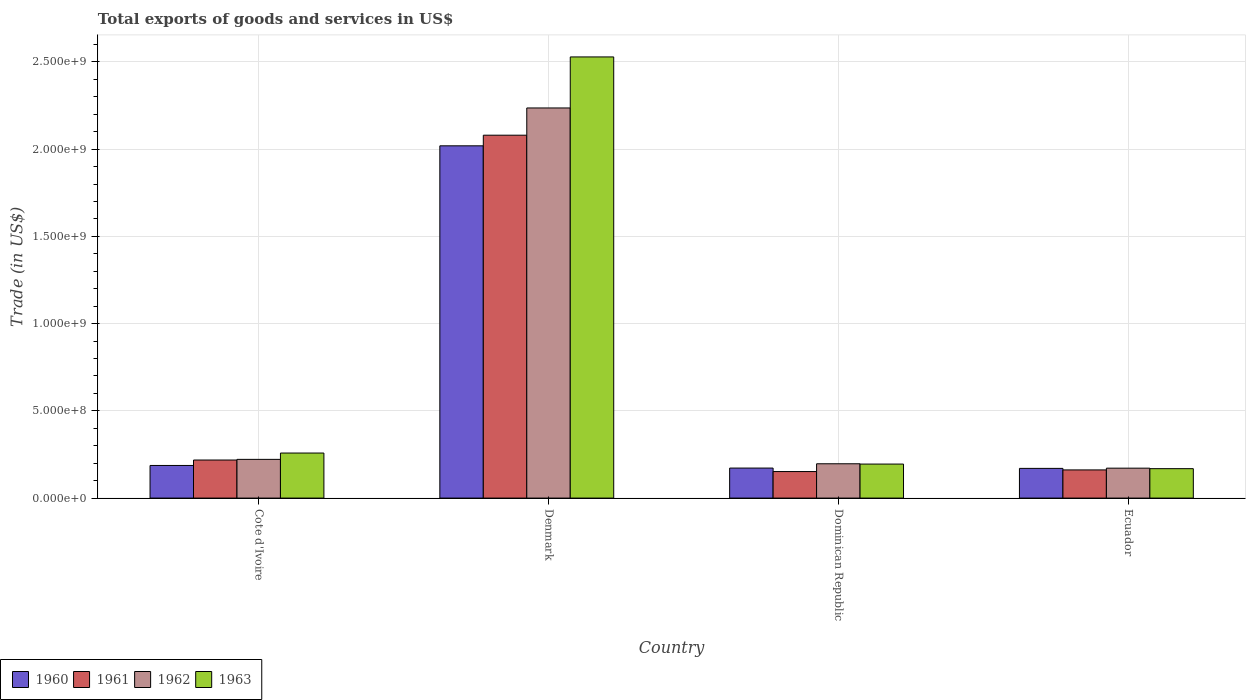
| Country | 1960 | 1961 | 1962 | 1963 |
 | --- | --- | --- | --- | --- |
 | Cote d'Ivoire | 1.87e+08 | 2.18e+08 | 2.22e+08 | 2.58e+08 |
 | Denmark | 2.02e+09 | 2.08e+09 | 2.24e+09 | 2.53e+09 |
 | Dominican Republic | 1.72e+08 | 1.52e+08 | 1.97e+08 | 1.95e+08 |
 | Ecuador | 1.7e+08 | 1.61e+08 | 1.71e+08 | 1.69e+08 |